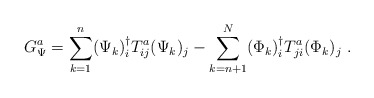
\begin{align*}G_\Psi^a = \sum_{k=1}^n (\Psi_k )_i^\dagger T_{ij}^a (\Psi_k )_j - \sum_{k=n+1}^N (\Phi_k )_i^\dagger T_{ji}^a (\Phi_k )_j~.\end{align*}